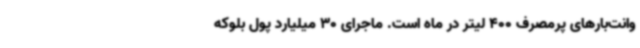
وانت‌بارهای پرمصرف 400 لیتر در ماه است. ماجرای 30 میلیارد پول بلوکه